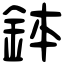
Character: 鉢